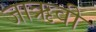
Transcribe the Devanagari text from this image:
जाऋवी